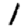
Digit: 1